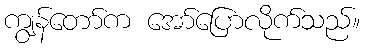
ကျွန်တော်က အော်ပြောလိုက်သည်။